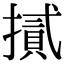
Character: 𢴧